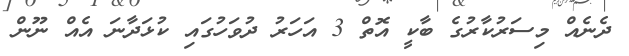
ދެނެއް މިސަރުކާރުގެ ބާކީ އޮތް 3 އަހަރު ދުވަހުގައި ކުޅަދާނަ އެއް ނޫން